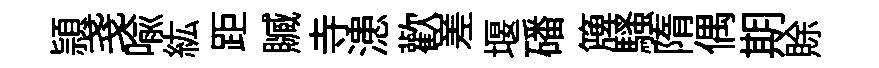
頴戔喩紘距贓寺漶歡嵳堰磻簰騷隋偶期賖